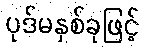
ပုဒ်မနှစ်ခုဖြင့်